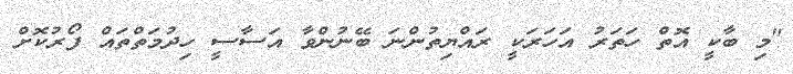
"މި ބާކީ އޮތް ހަތަރު އަހަރަކީ ރައްޔިތުންނަ ބޭނުންވާ އަސާސީ ހިދުމަތްތައް ފޯރުކޮށް